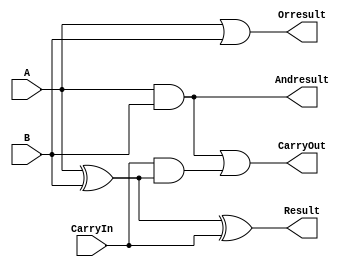
/* 
 * This file contain the definition of a one-bit full adder.
 * The adder is designed specificly for Sha256.
 * @date 03/26/2018
 * @author Harry Zhou
 * 
 */
 
module OnebitAdder(A, B, CarryIn, Result, CarryOut, Andresult, Orresult);
	
	input A, B, CarryIn;
	output Result, CarryOut;
	output Andresult, Orresult; //Used for g&p calculation to perform Carry Look Ahead
	
	//In module definition
	wire ABxor;
	
	//Basic Operations
	assign Andresult = A&B;
	assign Orresult = A|B;
	assign ABxor = A^B;
	assign Result = ABxor^CarryIn;
	assign CarryOut = (A&B)|(CarryIn&ABxor);
	
endmodule